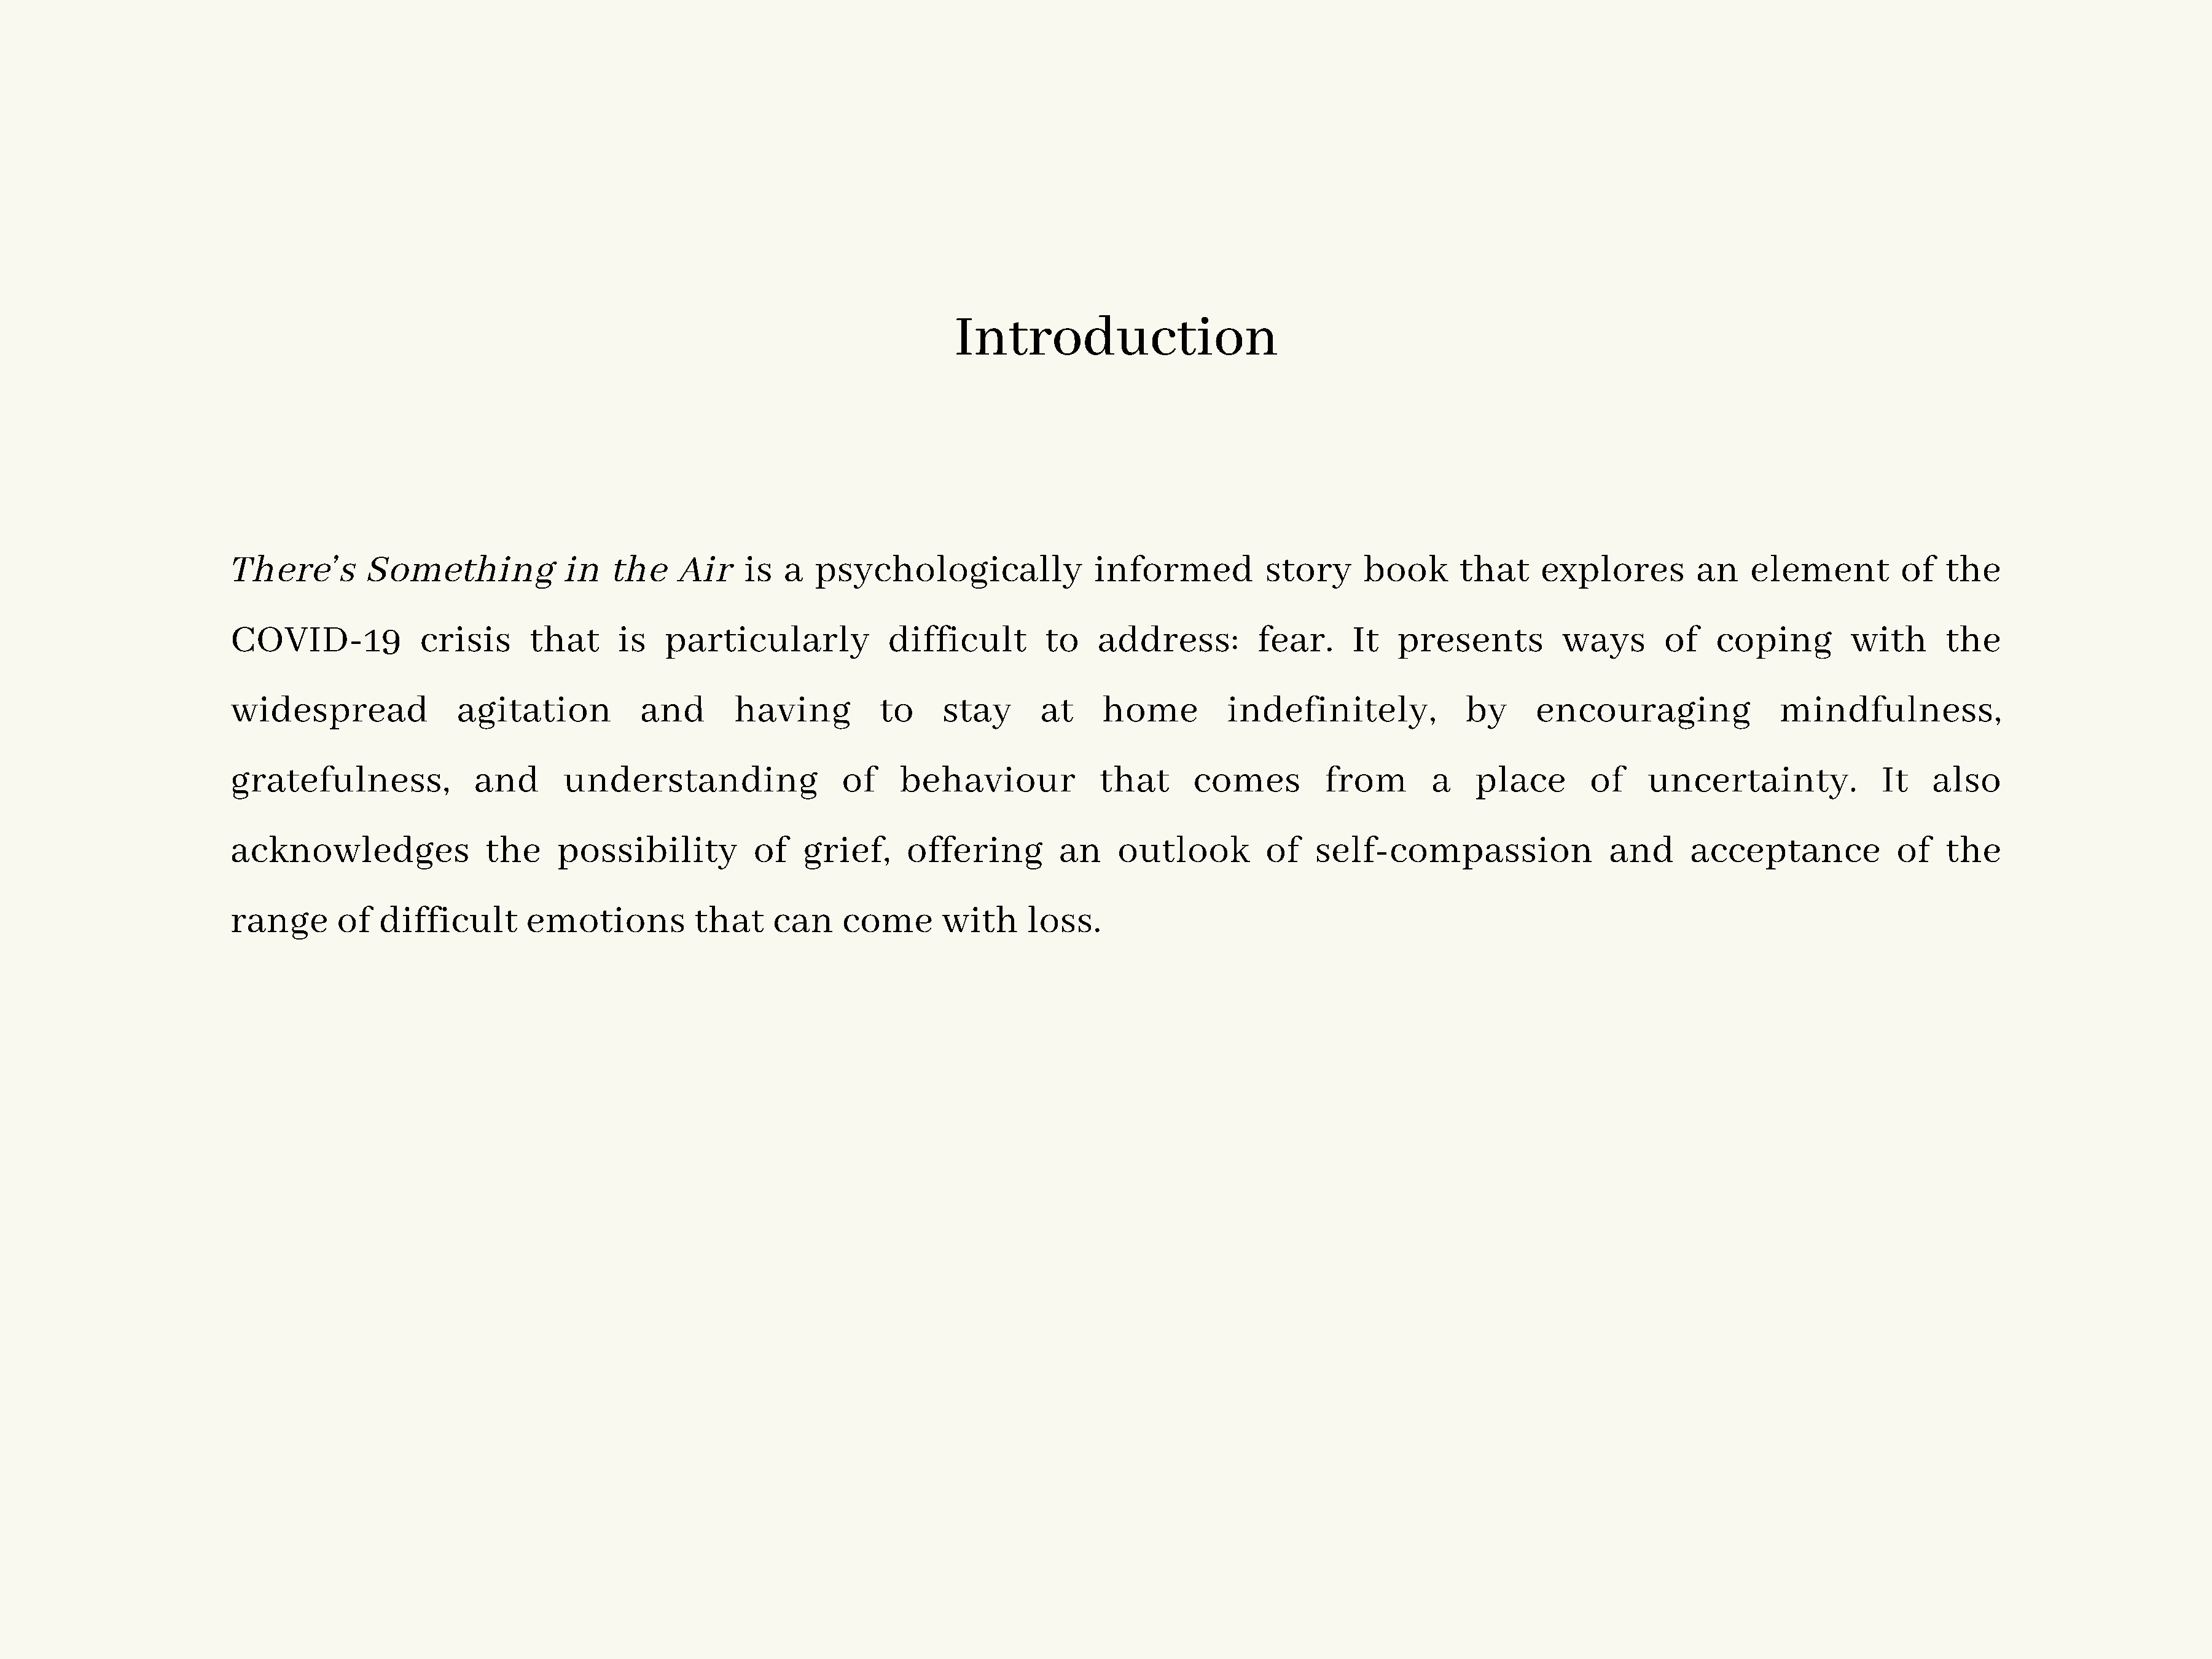
Introduction
 There’s        Something            in   the    Air    is  a   psychologically               informed          story      book      that     explores         an    element         of   the
 COVID-19            crisis      that      is   particularly            difficult        to   address:          fear.     It   presents         ways       of    coping        with       the
 widespread              agitation           and       having          to     stay      at     home         indefinitely,             by     encouraging                mindfulness,
 gratefulness,             and       understanding                 of    behaviour            that       comes         from       a    place       of     uncertainty.             It   also
 acknowledges               the     possibility          of    grief,     offering        an    outlook         of    self-compassion                and      acceptance            of    the
 range      of   difficult       emotions          that    can     come      with      loss.